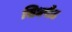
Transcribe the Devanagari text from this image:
सिधपीठ